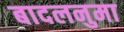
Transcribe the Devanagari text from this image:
बादलनुमा